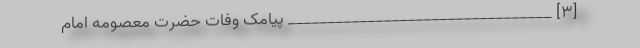
[3] _________________________________ پیامک وفات حضرت معصومه امام